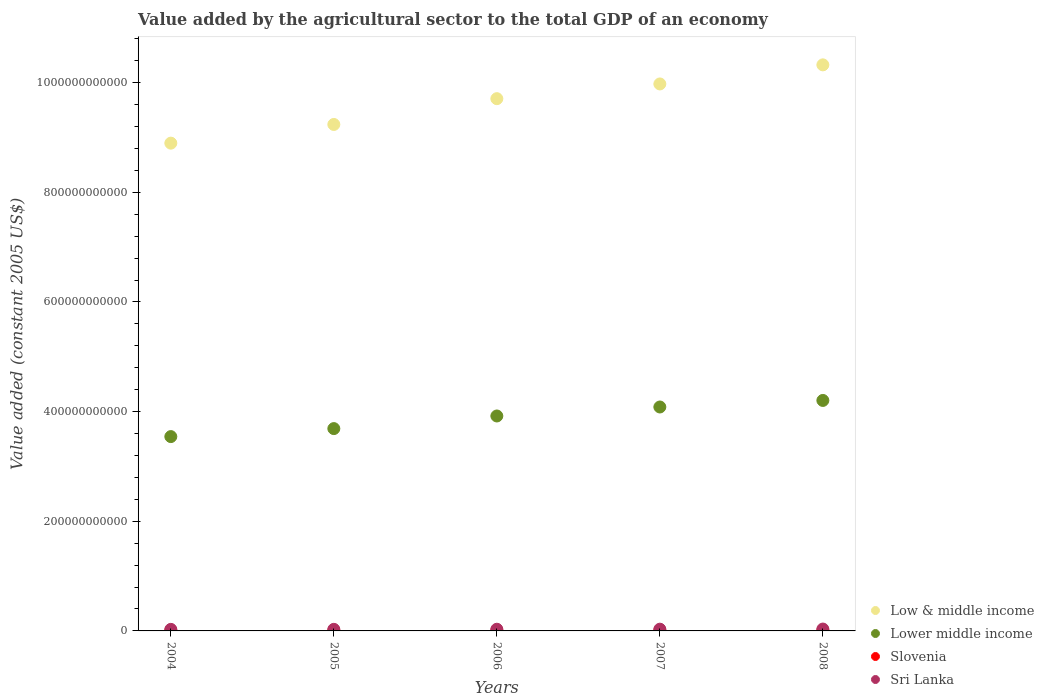
| Years | Low & middle income | Lower middle income | Slovenia | Sri Lanka |
 | --- | --- | --- | --- | --- |
 | 2004 | 8.9e+11 | 3.54e+11 | 8.8e+08 | 2.83e+09 |
 | 2005 | 9.24e+11 | 3.69e+11 | 8.31e+08 | 2.88e+09 |
 | 2006 | 9.71e+11 | 3.92e+11 | 8.24e+08 | 3.07e+09 |
 | 2007 | 9.98e+11 | 4.08e+11 | 8.68e+08 | 3.17e+09 |
 | 2008 | 1.03e+12 | 4.2e+11 | 8.73e+08 | 3.41e+09 |